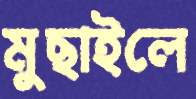
মুছাইলে